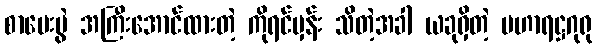
စာမေးပွဲ အကြီးအောင်ထားတဲ့ ကိုရင်မှန်း သိတဲ့အခါ ယခုရှိတဲ့ မဟာရဋ္ဌဂုရု